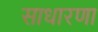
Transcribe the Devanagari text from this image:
साधारणा